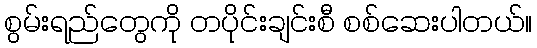
စွမ်းရည်တွေကို တပိုင်းချင်းစီ စစ်ဆေးပါတယ်။